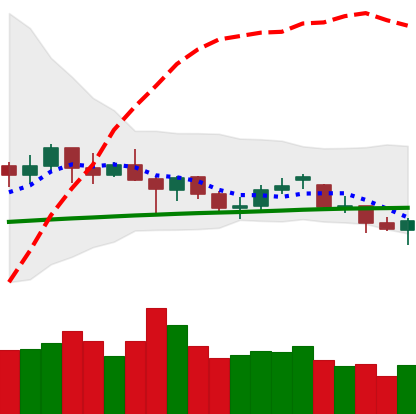
Ticker: ETH-USD
Chart end date: 2021-06-20
Forward return: -19.282%
Label: down_7plus